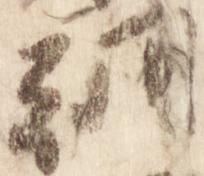
朝